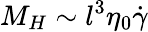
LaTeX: M_{H}\sim l^{3}\eta_{0}\dot{\gamma}